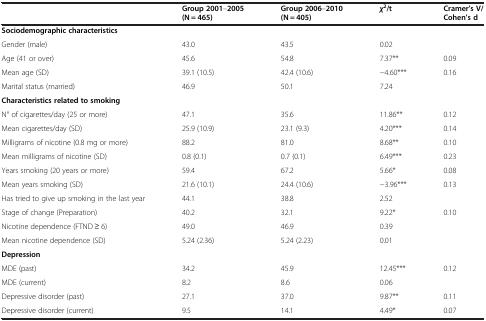
<table><thead><tr><td><b> </b></td><td><b>Group 2001–2005 (N = 465)</b></td><td><b>Group 2006–2010 (N = 405)</b></td><td><b><i>χ</i><sup>2</sup>/t</b></td><td><b>Cramer’s V/Cohen’s d</b></td></tr></thead><tbody><tr><td><b>Sociodemographic characteristics</b></td><td> </td><td> </td><td> </td><td> </td></tr><tr><td>Gender (male)</td><td>43.0</td><td>43.5</td><td>0.02</td><td> </td></tr><tr><td>Age (41 or over)</td><td>45.6</td><td>54.8</td><td>7.37**</td><td>0.09</td></tr><tr><td>Mean age (SD)</td><td>39.1 (10.5)</td><td>42.4 (10.6)</td><td>-4.60***</td><td>0.16</td></tr><tr><td>Marital status (married)</td><td>46.9</td><td>50.1</td><td>7.24</td><td> </td></tr><tr><td><b>Characteristics related to smoking</b></td><td> </td><td> </td><td> </td><td> </td></tr><tr><td>N° of cigarettes/day (25 or more)</td><td>47.1</td><td>35.6</td><td>11.86**</td><td>0.12</td></tr><tr><td>Mean cigarettes/day (SD)</td><td>25.9 (10.9)</td><td>23.1 (9.3)</td><td>4.20***</td><td>0.14</td></tr><tr><td>Milligrams of nicotine (0.8 mg or more)</td><td>88.2</td><td>81.0</td><td>8.68**</td><td>0.10</td></tr><tr><td>Mean milligrams of nicotine (SD)</td><td>0.8 (0.1)</td><td>0.7 (0.1)</td><td>6.49***</td><td>0.23</td></tr><tr><td>Years smoking (20 years or more)</td><td>59.4</td><td>67.2</td><td>5.66*</td><td>0.08</td></tr><tr><td>Mean years smoking (SD)</td><td>21.6 (10.1)</td><td>24.4 (10.6)</td><td>-3.96***</td><td>0.13</td></tr><tr><td>Has tried to give up smoking in the last year</td><td>44.1</td><td>38.8</td><td>2.52</td><td> </td></tr><tr><td>Stage of change (Preparation)</td><td>40.2</td><td>32.1</td><td>9.22*</td><td>0.10</td></tr><tr><td>Nicotine dependence (FTND ≥ 6)</td><td>49.0</td><td>46.9</td><td>0.39</td><td> </td></tr><tr><td>Mean nicotine dependence (SD)</td><td>5.24 (2.36)</td><td>5.24 (2.23)</td><td>0.01</td><td> </td></tr><tr><td><b>Depression</b></td><td> </td><td> </td><td> </td><td> </td></tr><tr><td>MDE (past)</td><td>34.2</td><td>45.9</td><td>12.45***</td><td>0.12</td></tr><tr><td>MDE (current)</td><td>8.2</td><td>8.6</td><td>0.06</td><td> </td></tr><tr><td>Depressive disorder (past)</td><td>27.1</td><td>37.0</td><td>9.87**</td><td>0.11</td></tr><tr><td>Depressive disorder (current)</td><td>9.5</td><td>14.1</td><td>4.49*</td><td>0.07</td></tr></tbody></table>